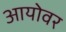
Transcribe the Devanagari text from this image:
आयोवर